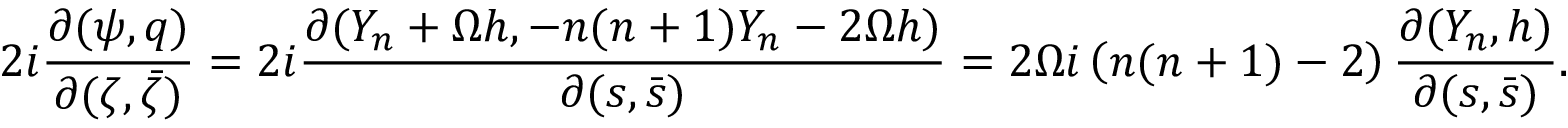
2 i \frac { \partial ( \psi , q ) } { \partial ( \zeta , \bar { \zeta } ) } = 2 i \frac { \partial ( Y _ { n } + \Omega h , - n ( n + 1 ) Y _ { n } - 2 \Omega h ) } { \partial ( s , \bar { s } ) } = 2 \Omega i \left( n ( n + 1 ) - 2 \right) \frac { \partial ( Y _ { n } , h ) } { \partial ( s , \bar { s } ) } .